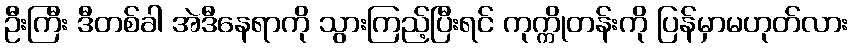
ဦးကြီး ဒီတစ်ခါ အဲဒီနေရာကို သွားကြည့်ပြီးရင် ကုက္ကိုတန်းကို ပြန်မှာမဟုတ်လား